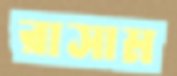
রাসাম